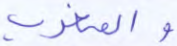
والمغرب